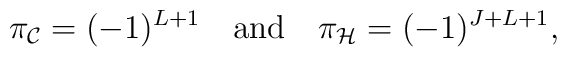
\pi_{\cal C}=(-1)^{L+1} \quad \hbox{and} \quad \pi_{\cal H}=(-1)^{J+L+1},